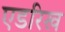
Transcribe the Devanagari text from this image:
एडरिख